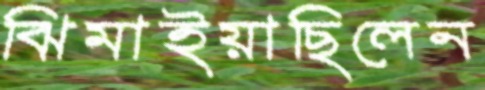
ঝিমাইয়াছিলেন